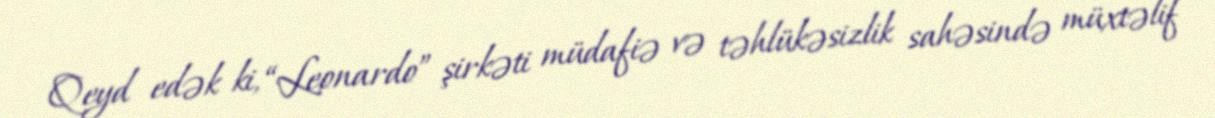
Qeyd edək ki, “Leonardo” şirkəti müdafiə və təhlükəsizlik sahəsində müxtəlif